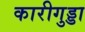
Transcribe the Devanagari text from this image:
कारीगुड्डा